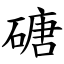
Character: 磄